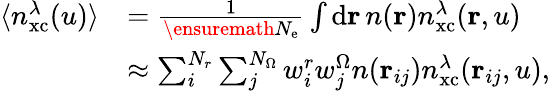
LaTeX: \begin{array}{rl}{\langle n_{\mathrm{xc}}^{\lambda}(u)\rangle}&{=\frac{1}{\ensuremath{N_{\mathrm{e}}}}\int\mathrm{d}\mathbf{r}\, n(\mathbf{r})n_{\mathrm{xc}}^{\lambda}(\mathbf{r},u)}\\ &{\approx\sum_{i}^{N_{r}}\sum_{j}^{N_{\Omega}}w_{i}^{r}w_{j}^{\Omega}n(\mathbf{r}_{ij})n_{\mathrm{xc}}^{\lambda}(\mathbf{r}_{ij},u),}\end{array}